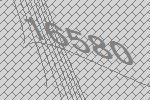
16580